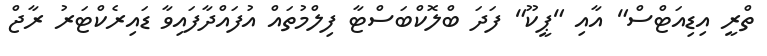
ތްރީ އިޑިއަޓްސް" އާއި "ޕީކޫ" ފަދަ ބްލޮކްބަސްޓާ ފިލްމުތައް އުފައްދާފައިވާ ޑައިރެކްޓަރު ރާޖް